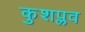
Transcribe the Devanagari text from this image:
कुशप्लव